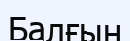
Балғын